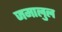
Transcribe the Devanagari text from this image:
जमालुल